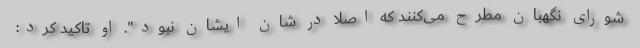
شورای نگهبان مطرح می‌کنند که اصلا در شان ایشان نبود". او تاکید کرد: